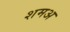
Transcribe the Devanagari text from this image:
शमअ